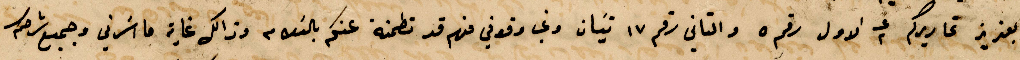
بعزيز تحاريركم في ٢ الأول رقم ٥ والتاني رقم ١۷ تيان وفي وقوفي فهم قد تطمنه عنكم بالسلام وذلك غاية ما اسرني وجميع شرحكم